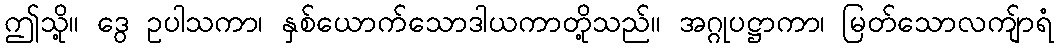
ဤသို့။ ဒွေ ဥပါသကာ၊ နှစ်ယောက်သောဒါယကာတို့သည်။ အဂ္ဂုပဋ္ဌာကာ၊ မြတ်သောလကျ်ာရံ